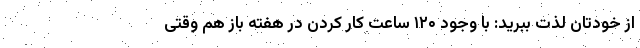
از خودتان لذت ببرید: با وجود ۱۲۰ ساعت کار کردن در هفته باز هم وقتی